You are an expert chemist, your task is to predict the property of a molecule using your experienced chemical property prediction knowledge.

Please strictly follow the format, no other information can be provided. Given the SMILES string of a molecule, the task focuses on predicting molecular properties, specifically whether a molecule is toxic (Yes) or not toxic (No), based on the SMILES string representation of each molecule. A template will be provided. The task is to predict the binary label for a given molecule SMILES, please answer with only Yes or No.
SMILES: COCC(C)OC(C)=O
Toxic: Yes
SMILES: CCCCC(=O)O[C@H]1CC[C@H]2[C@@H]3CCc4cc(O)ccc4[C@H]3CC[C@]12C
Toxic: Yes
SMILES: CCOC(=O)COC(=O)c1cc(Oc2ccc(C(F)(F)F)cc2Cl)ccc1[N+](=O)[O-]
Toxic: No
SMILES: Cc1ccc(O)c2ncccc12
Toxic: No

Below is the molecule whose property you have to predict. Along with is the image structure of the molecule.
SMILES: N#C/C(=C1/SC[C@@H](c2ccc(Cl)cc2Cl)S1)n1ccnc1
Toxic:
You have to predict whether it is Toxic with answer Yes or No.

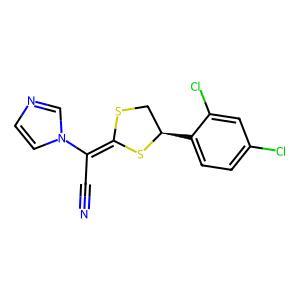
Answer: No